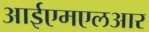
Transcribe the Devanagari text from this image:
आईएमएलआर